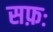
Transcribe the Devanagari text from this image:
सफ़ः